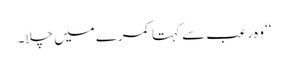
‘‘ وہ رعب سے کہتا کمرے میں چلا۔